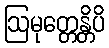
ဩမုတ္တေန္တိပိ